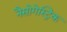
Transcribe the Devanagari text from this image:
नैसोगेस्ट्रिक